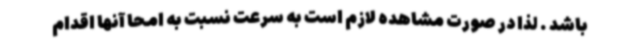
باشد . لذا در صورت مشاهده لازم است به سرعت نسبت به امحا آنها اقدام